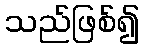
သည်ဖြစ်၍